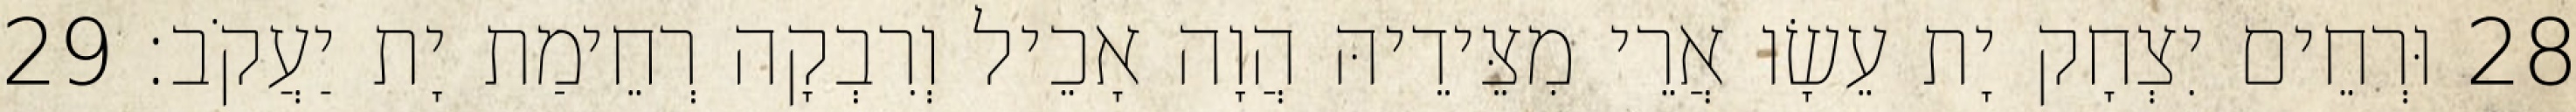
28 וּרְחֵים יִצְחָק יָת עֵשָׂו אֲרֵי מִצֵּידֵיהּ הֲוָה אָכֵיל וְרִבְקָה רְחֵימַת יָת יַעֲקֹב׃ 29